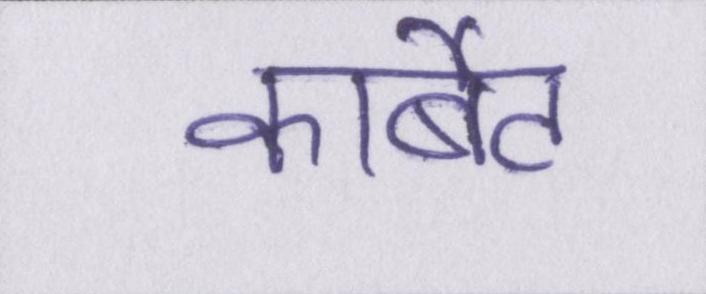
कार्बेट